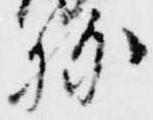
珍